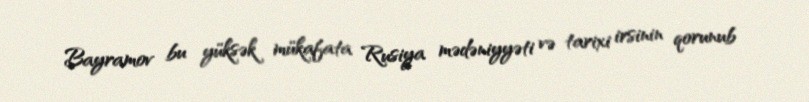
Bayramov bu yüksək mükafata Rusiya mədəniyyəti və tarixi irsinin qorunub